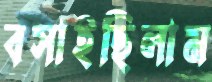
বসাইছিলাম